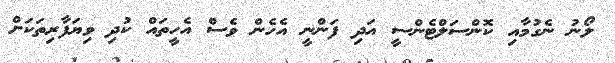
ލޯނު ނެގުމާއި ކޮންސަލްޓެންސީ އަދި ފަންނީ އެހެން ވެސް އެހީތައް ކުދި ވިޔަފާރިތަކަށް